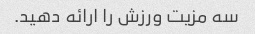
سه مزیت ورزش را ارائه دهید.